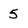
Character: 5